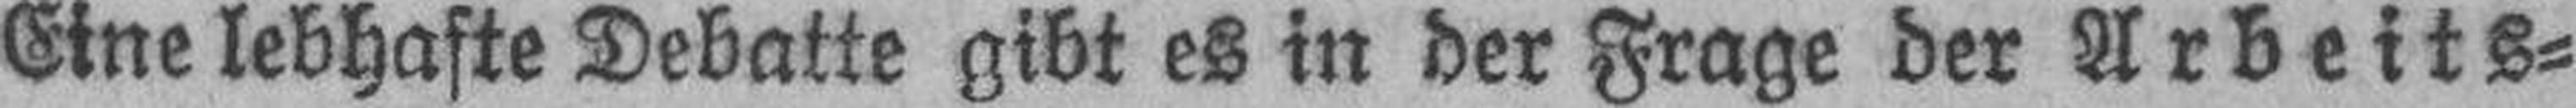
Eine lebhafte Debatte gibt es in der Frage der Arbeits¬